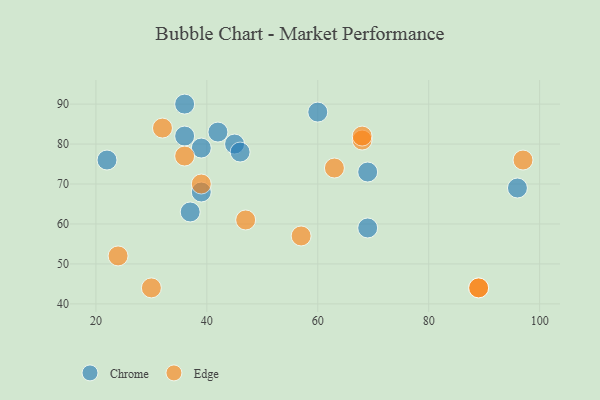
{"axis": {"x": "GDP", "y": "Life Expectancy"}, "legend": ["Chrome", "Edge"], "data": [{"x": "36", "y": 82, "type": "Chrome"}, {"x": "22", "y": 76, "type": "Chrome"}, {"x": "60", "y": 88, "type": "Chrome"}, {"x": "69", "y": 59, "type": "Chrome"}, {"x": "69", "y": 73, "type": "Chrome"}, {"x": "39", "y": 79, "type": "Chrome"}, {"x": "96", "y": 69, "type": "Chrome"}, {"x": "42", "y": 83, "type": "Chrome"}, {"x": "39", "y": 68, "type": "Chrome"}, {"x": "45", "y": 80, "type": "Chrome"}, {"x": "46", "y": 78, "type": "Chrome"}, {"x": "36", "y": 90, "type": "Chrome"}, {"x": "37", "y": 63, "type": "Chrome"}, {"x": "68", "y": 81, "type": "Edge"}, {"x": "89", "y": 44, "type": "Edge"}, {"x": "89", "y": 44, "type": "Edge"}, {"x": "47", "y": 61, "type": "Edge"}, {"x": "57", "y": 57, "type": "Edge"}, {"x": "30", "y": 44, "type": "Edge"}, {"x": "32", "y": 84, "type": "Edge"}, {"x": "39", "y": 70, "type": "Edge"}, {"x": "68", "y": 82, "type": "Edge"}, {"x": "36", "y": 77, "type": "Edge"}, {"x": "63", "y": 74, "type": "Edge"}, {"x": "24", "y": 52, "type": "Edge"}, {"x": "97", "y": 76, "type": "Edge"}]}